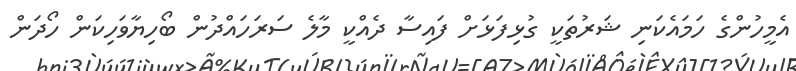
އެމީހުންގެ ހަމައެކަނި ޝަރުތަކީ ގުޅިފަޅަށް ފައިސާ ދެއްކީ މާލެ ސަރަހައްދުން ބޯހިޔާވަހިކަން ހޯދަން